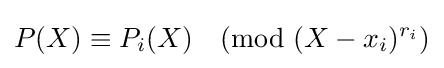
P(X)\equiv P_{i}(X){\pmod {(X-x_{i})^{r_{i}}}}